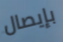
بإيصال